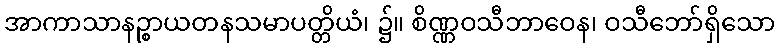
အာကာသာနဉ္စာယတနသမာပတ္တိယံ၊ ၌။ စိဏ္ဏဝသီဘာဝေန၊ ဝသီဘော်ရှိသော